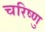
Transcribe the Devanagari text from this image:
चरिष्णु